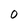
Character: O